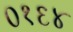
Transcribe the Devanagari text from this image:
०१६४